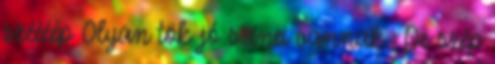
széééép Olyan tök jó színei vannak : De szép